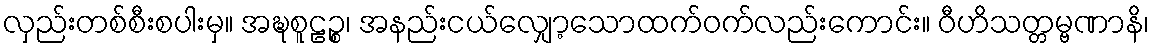
လှည်းတစ်စီးစပါးမှ။ အဍ္ဎစူဠဉ္စ၊ အနည်းငယ်လျှော့သောထက်ဝက်လည်းကောင်း။ ဝီဟိသတ္တမ္ဗဏာနိ၊